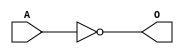
module JCINVE1(A, O);
input   A;
output  O;
not g0(O, A);
endmodule